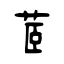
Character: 茝